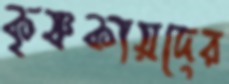
কৃষ্ণকায়দের